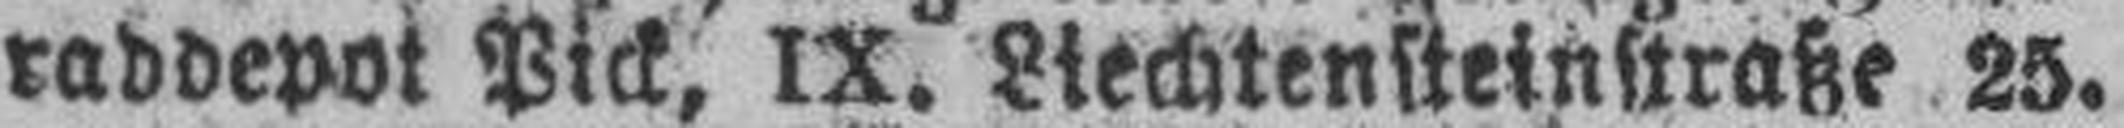
raddepot Pick, IX. Liechtensteinstraße 25.